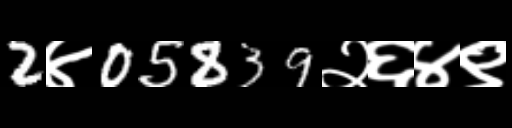
Text: 2४05839२६४९